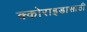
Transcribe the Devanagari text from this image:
क्कोराइडासाठी